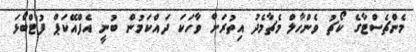
މެންޗެސްޓާގެ ކޯޗު ވެންހާލް މެޗާމެދު އިތުރަށް ވާހަކަ ދައްކަމުން ބުނީ އެފްއޭކަޕް ފުޓްބޯޅަ